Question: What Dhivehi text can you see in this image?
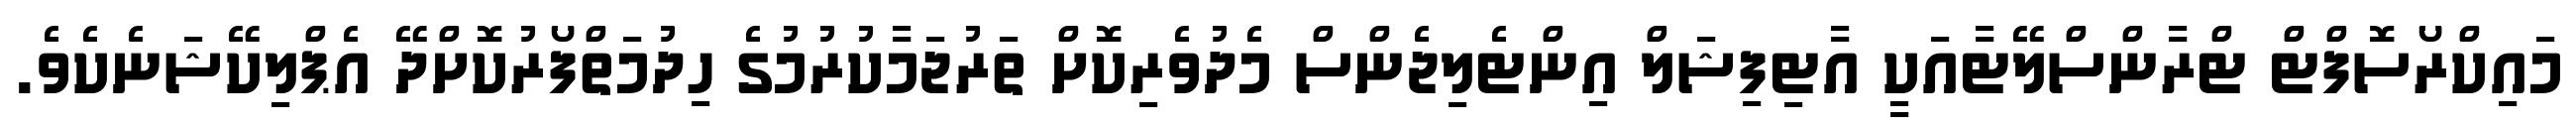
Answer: މައިކްރޯސޮފްޓް ޓްރާންސްލޭޓާއަކީ އާޓިފިޝަލް އިންޓެލިޖެންސް މެދުވެރިކޮށް ތަރުޖަމާކުރުމުގެ ހިދުމަތްފޯރުކޮށްދޭ އެޕްލިކޭޝަނެކެވެ.